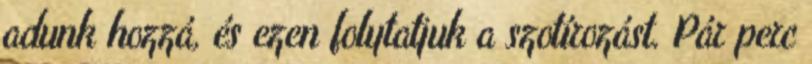
adunk hozzá, és ezen folytatjuk a szotírozást. Pár perc